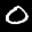
Label: 0